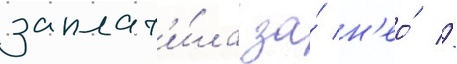
заплат'и́ла за́ н'ео́ //